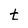
Character: t